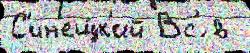
С'ин'ещ́к'ий Вс'́ в